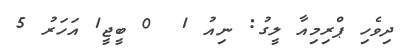
ދިވެހި ޕްރިމިއާ ލީގު: ނިއު 1  0 ބީޖީ1 އަހަރު 5